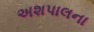
અશપાલના